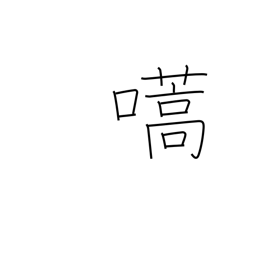
Meaning: call